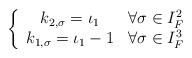
LaTeX: \begin{align*}\left\{ \begin{array}{cc} k_{2,\sigma}=\iota_1 & \forall \sigma \in I_F^2 \\k_{1,\sigma}=\iota_1-1 & \forall \sigma \in I_F^3\end{array}\right.\end{align*}